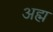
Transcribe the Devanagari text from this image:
अह्म